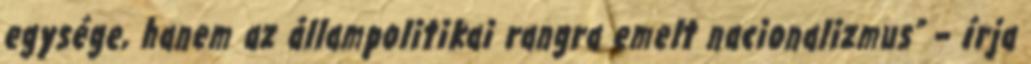
egysége, hanem az állampolitikai rangra emelt nacionalizmus” – írja